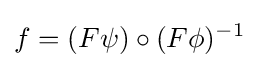
f=(F\psi )\circ (F\phi )^{-1}